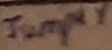
Text: Jumper